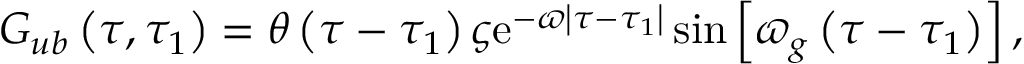
G _ { u b } \left( \tau , \tau _ { 1 } \right) = \theta \left( \tau - \tau _ { 1 } \right) \varsigma \mathrm { e } ^ { - \varpi \left| \tau - \tau _ { 1 } \right| } \sin \left[ \varpi _ { g } \left( \tau - \tau _ { 1 } \right) \right] ,